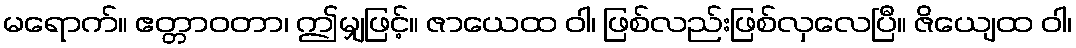
မရောက်။ ဧတ္တာဝတာ၊ ဤမျှဖြင့်။ ဇာယေထ ဝါ၊ ဖြစ်လည်းဖြစ်လှလေပြီ။ ဇိယျေထ ဝါ၊